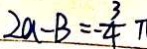
2 a - B = - \frac { 3 } { 4 } \pi